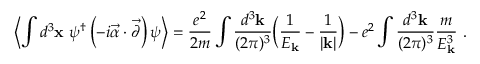
\left\langle \int d ^ { 3 } { \bf x } ~ \psi ^ { \dagger } \left( - i \vec { \alpha } \cdot \vec { \partial } \right) \psi \right\rangle = \frac { e ^ { 2 } } { 2 m } \int \frac { d ^ { 3 } { \bf k } } { ( 2 \pi ) ^ { 3 } } \Big ( \frac { 1 } { E _ { \bf k } } - \frac { 1 } { | { \bf k } | } \Big ) - e ^ { 2 } \int \frac { d ^ { 3 } { \bf k } } { ( 2 \pi ) ^ { 3 } } \frac { m } { E _ { \bf k } ^ { 3 } } \ .